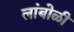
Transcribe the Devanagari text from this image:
लांबोळी